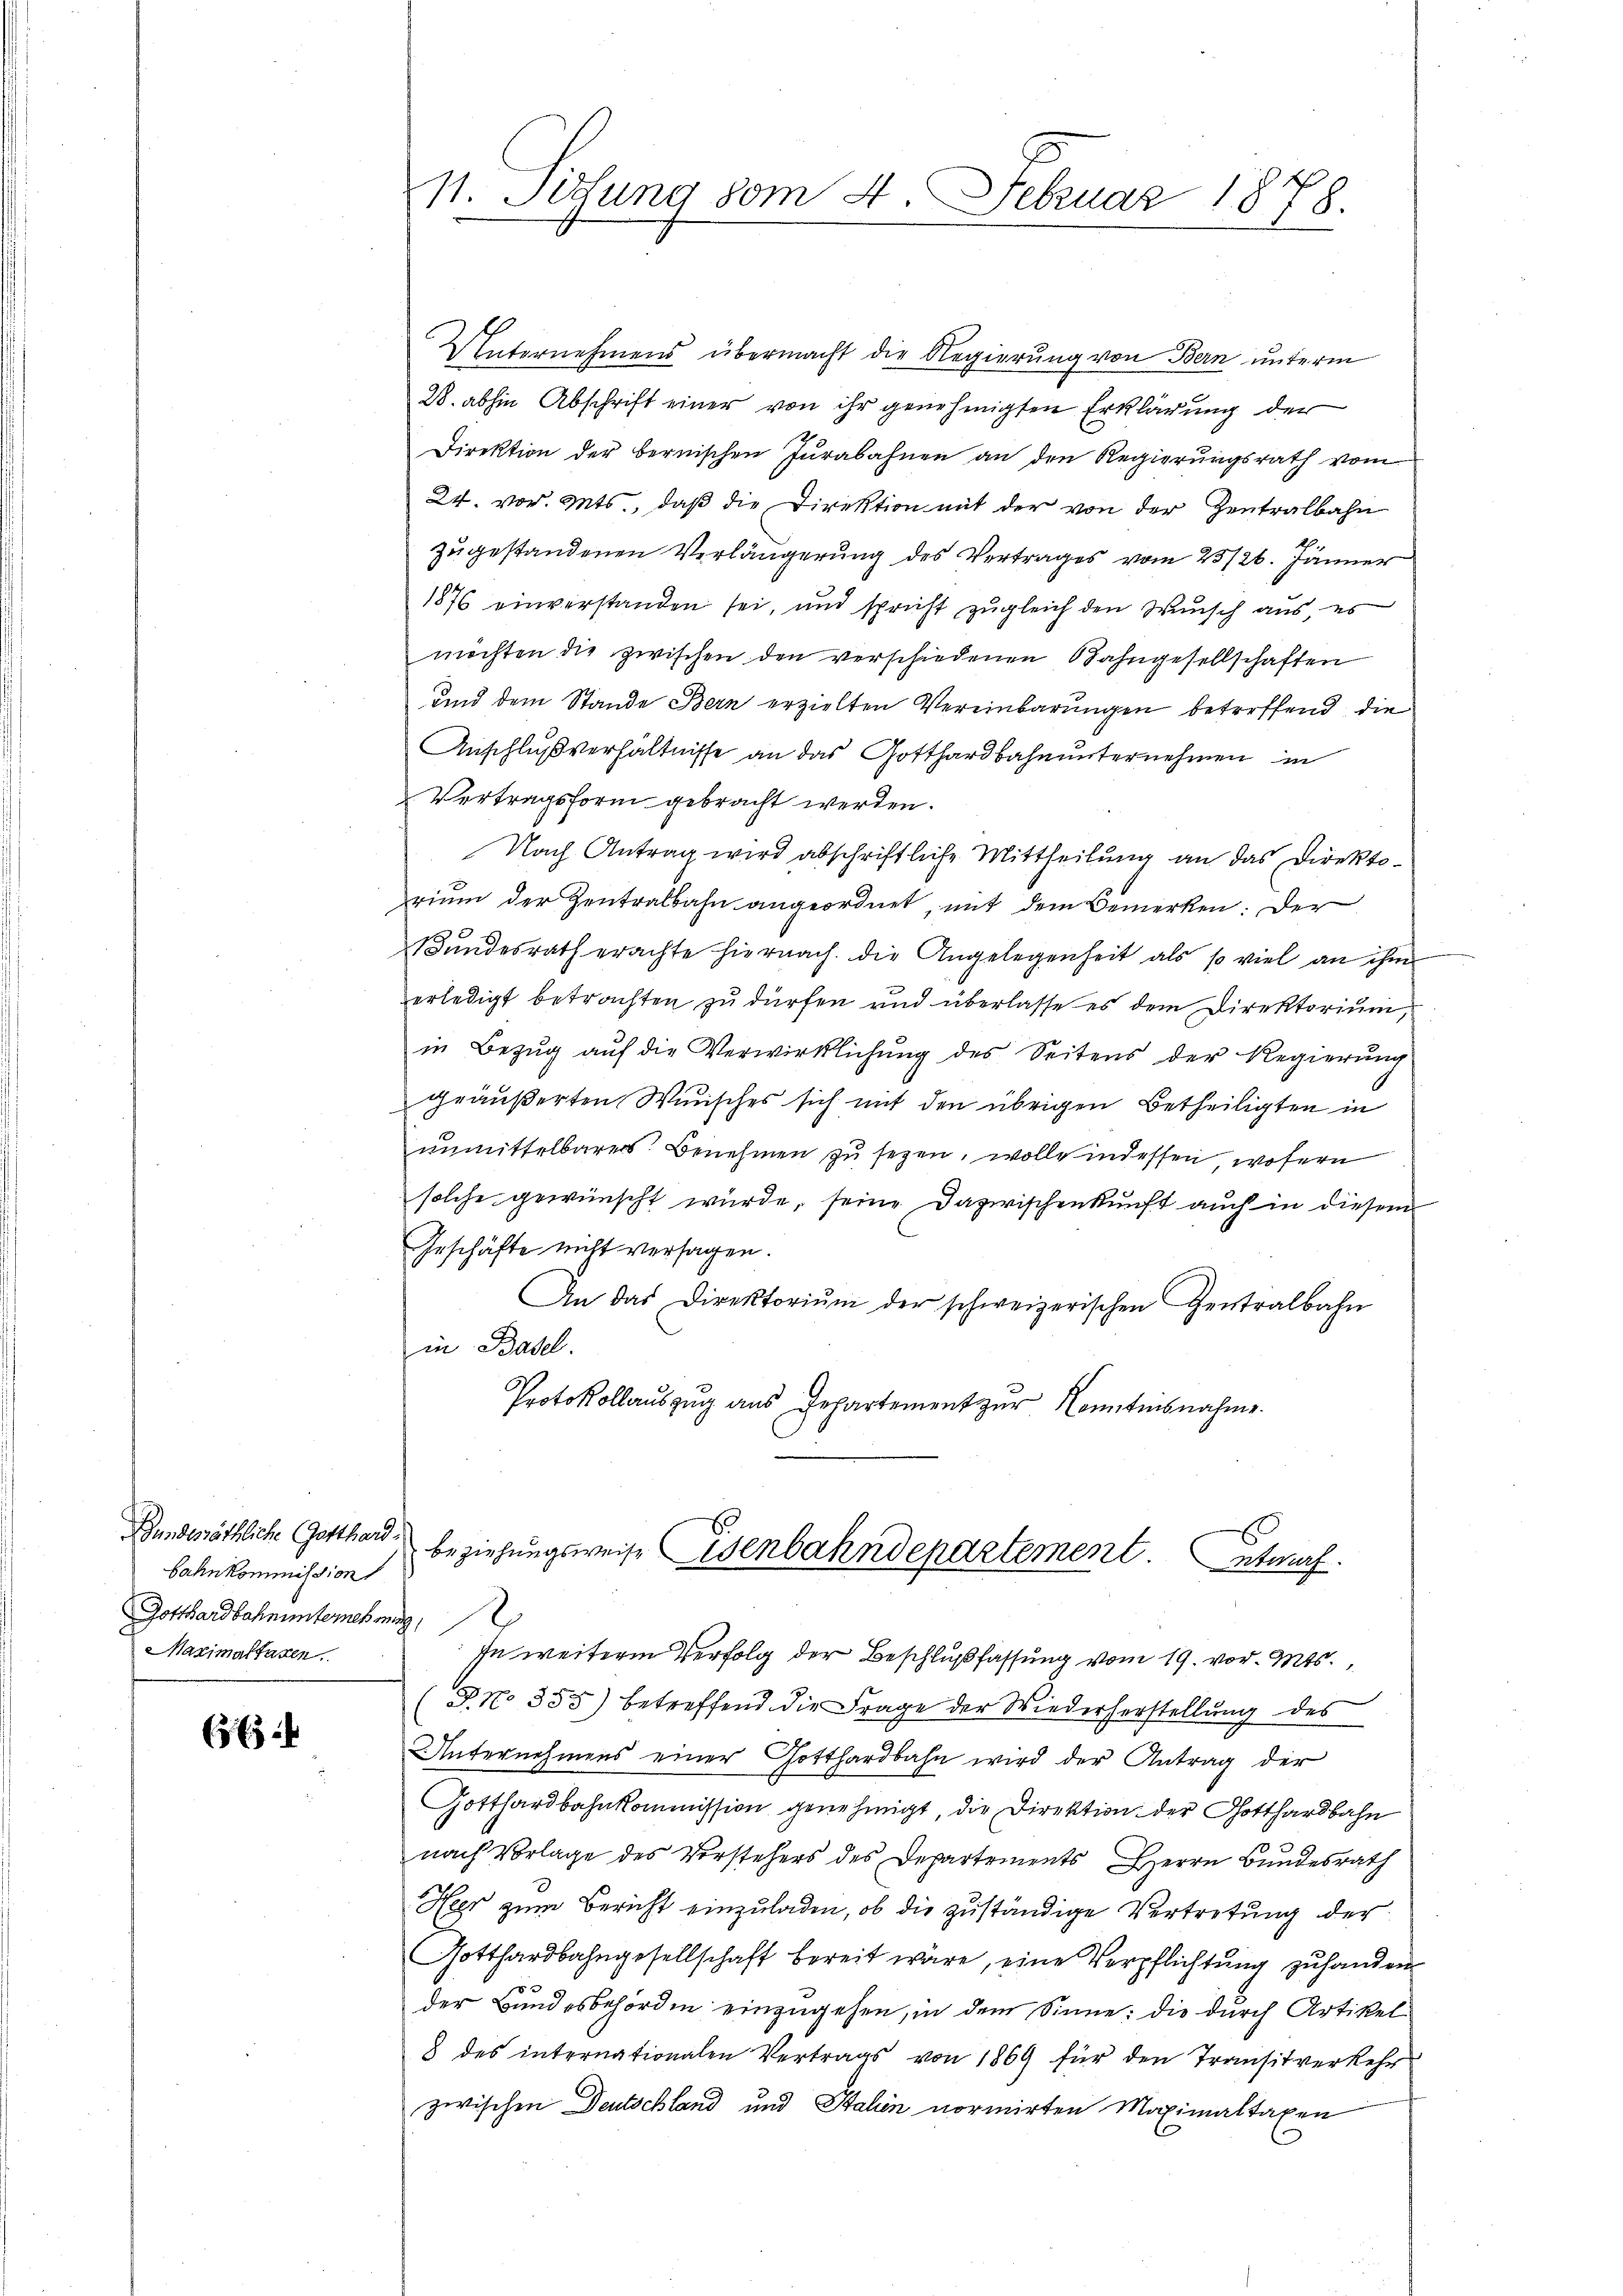
Bundesräthliche Gotthard.
bahnkommission
Gotthardbahnunternehmung,
Maximaltaren.

3

Unternehmens übermacht die Regierung von Bern unterm
28. abhin Abschrift einer von ihr genehmigten Erklärung der
Direktion der bernischen Jurabahnen an den Regierungsrath vom
24. vor. Mts., daß die Direktion mit der von der Zentralbahn
zugestandenen Verlängerung des Vertrages vom 23/26. Jänner
1876 einverstanden sei, und spricht zugleich den Wunsch aus, es
möchten die zwischen den verschiedenen Bahngesellschaften
und dem Stande Bern erzielten Vereinbarungen betreffend die
Anschlußverhältnisse an das Gotthardbahnunternehmen in
Vertragsform gebracht werden.
Nach Antrag wird abschriftliche Mittheilung an das Direktorium der Zentralbahn angeordnet, mit dem Bemerken. Der
Bŭndesrath erachte hiernach die Angelegenheit als so viel an ihm
erledigt betrachten zu dürfen und überlasse es dem Direktorium,
in Bezŭg aŭf die Verwirklichŭng des Seitens der Regierŭng
geäußerten Wunsches sich mit den übrigen Betheiligten in
unmittelbarers Benehmen zu sezen, wolle indessen, wofern
solche gewünscht wurde, seine Dazwischenkunft auch in diesem
Geschäfte nicht versagen.
An das Direktoriŭm der schweizerischen Zentralbahn
in Basel.
Protokollauszug aus Departement zur Kon
beziehungsweise Eisenbahndepartement. Etwas
In weiterem Verfolg der Beschlußfassung vom 19. vor. Mts.,
J No 355) betreffend die Frage der Wiederherstellung des
Unternehmens einer Gotthardbahn wird der Antrag der
Gotthardbahnkommission genehmigt, die Direktion der Gotthardbahn
5
nach Vorlage des Verstehers des Departements Herrn Bundesrath
Heer zum Bericht einzuladen, ob die zuständige Vertretung der
Gotthardbahngesellschaft bereit wäre, eine Verpflichtung zuhanden
der Bundesbehörden einzugehen, in dem Sinne; die durch Artikel
8 des internationalen Vertrags von 1869 für den Transitverkehr
zwischen Deutschland und Hahin normirten Maximaltaxen

11. Sedung vom 4. Februar 1878.